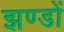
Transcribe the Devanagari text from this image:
झण्‍डों